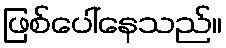
ဖြစ်ပေါ်နေသည်။